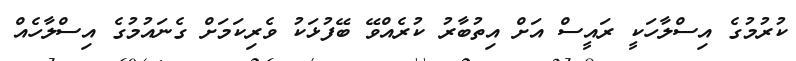
ކުރުމުގެ އިސްލާހަކީ ރައީސް އަށް އިތުބާރު ކުރެއްވޭ ބޭފުޅަކު ވެރިކަމަށް ގެނައުމުގެ އިސްލާހެއް